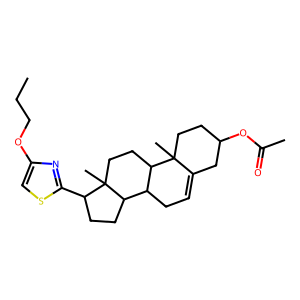
SMILES: CCCOc1csc(C2CCC3C4CC=C5CC(OC(C)=O)CCC5(C)C4CCC23C)n1
Inhibits HIV replication: No